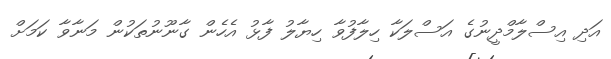
އަދި އިސްލާމްދީނުގެ އަސްލަކާ ހިލާފުވާ ހިޔާލު ފާޅު އެހެން ގާނޫނުތަކުން މަނާވާ ކަމަށް